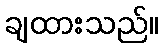
ချထားသည်။